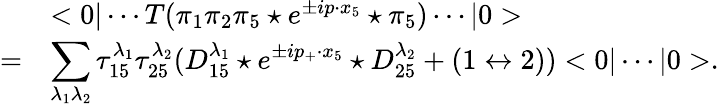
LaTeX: \begin{array}{rl}{{}}&{{<0|\cdots T(\pi_{1}\pi_{2}\pi_{5}\star e^{\pm ip\cdot x_{5}}\star\pi_{5})\cdots|0>}}\\ {{=}}&{{\displaystyle\sum_{\lambda_{1}\lambda_{2}}\tau_{15}^{\lambda_{1}}\tau_{25}^{\lambda_{2}}(D_{15}^{\lambda_{1}}\star e^{\pm ip_{+}\cdot x_{5}}\star D_{25}^{\lambda_{2}}+(1\leftrightarrow 2))<0|\cdots|0>.}}\end{array}